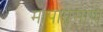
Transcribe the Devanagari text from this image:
मापाप्रमाणे